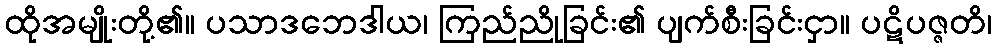
ထိုအမျိုးတို့၏။ ပသာဒဘေဒါယ၊ ကြည်ညိုခြင်း၏ ပျက်စီးခြင်းငှာ။ ပဋိပဇ္ဇတိ၊